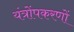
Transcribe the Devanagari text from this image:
यंत्रोंपकरणों